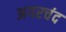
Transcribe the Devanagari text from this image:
अगरचंद